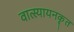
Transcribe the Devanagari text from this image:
वात्स्यायनकृत